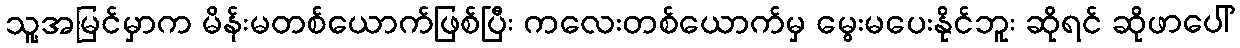
သူ့အမြင်မှာက မိန်းမတစ်ယောက်ဖြစ်ပြီး ကလေးတစ်ယောက်မှ မွေးမပေးနိုင်ဘူး ဆိုရင် ဆိုဖာပေါ်